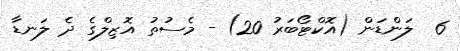
6  ލަންޑަން (އޮކްޓޯބަރު 20) - މެސުތު އޮޒިލްގެ ދެ ލަނޑާ